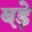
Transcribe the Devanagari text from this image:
ब़ड़े